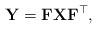
LaTeX: \begin{align*}\mathbf{Y} = \mathbf{FXF}^\top,\end{align*}